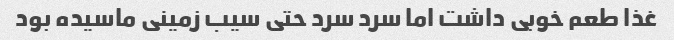
غذا طعم خوبی داشت اما سرد سرد حتی سیب زمینی ماسیده بود